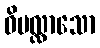
ဝိပလ္လာသော